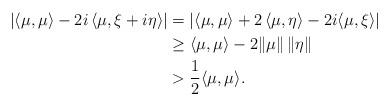
LaTeX: \begin{align*}|\langle\mu,\mu\rangle-2i\,\langle\mu,\xi+i\eta\rangle|&=|\langle\mu,\mu\rangle+2\,\langle\mu,\eta\rangle-2i\langle\mu,\xi\rangle|\\&\geq \langle\mu,\mu\rangle-2\|\mu\|\,\|\eta\|\\&> \frac 12\langle\mu,\mu\rangle.\end{align*}